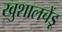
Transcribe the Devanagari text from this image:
खुशालचेंडू